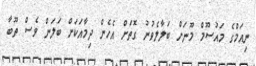
ނިއަމްގެ މައުސޫމް މޫނަށް ބަލާލެވުނު ގޮތަށް އެހެން ދިމާއަކަށް ބަލަން ވެސް ތޫބާ